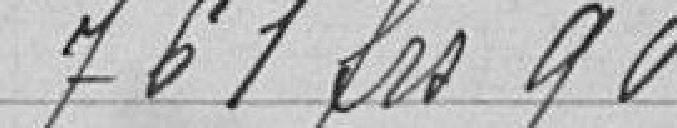
761,90 francs